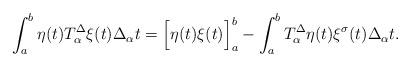
LaTeX: \begin{align*}\int_{a}^{b} \eta(t) T_\alpha^{\Delta} \xi(t)\Delta_\alpha t=\Big[\eta(t)\xi(t)\Big]_a^b-\int_{a}^{b}T_\alpha^{\Delta} \eta(t) \xi^\sigma(t)\Delta_\alpha t.\end{align*}